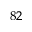
^ { 8 2 }